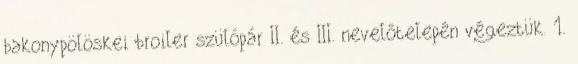
bakonypölöskei broiler szülópár II. és III. nevelőtelepén végeztük. 1.